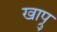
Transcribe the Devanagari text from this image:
खाप्रु